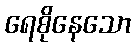
ရေစိုနေသော